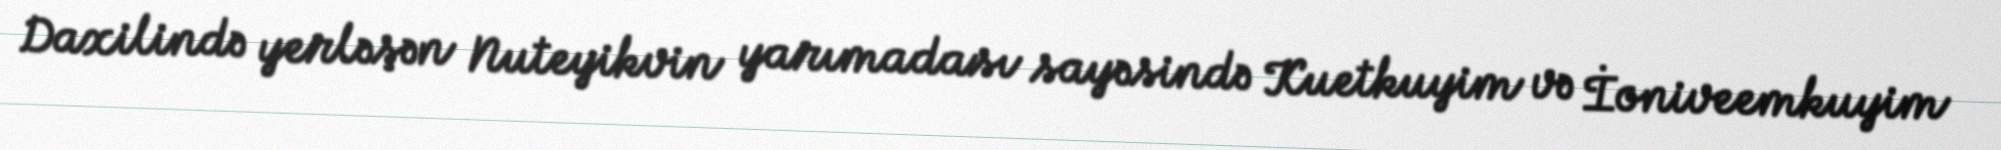
Daxilində yerləşən Nuteyikvin yarımadası sayəsində Kuetkuyim və İoniveemkuyim